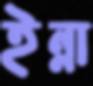
ইন্না